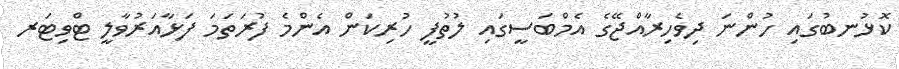
ކޮޅުނބުގައި ހުންނަ ދިވެހިރާއްޖޭގެ އެމްބަސީގައި ލުތުފީ ހުރިކަން އެންމެ ފުރަތަމަ ފަޅާއަރުވާލީ ޓްވިޓަރ